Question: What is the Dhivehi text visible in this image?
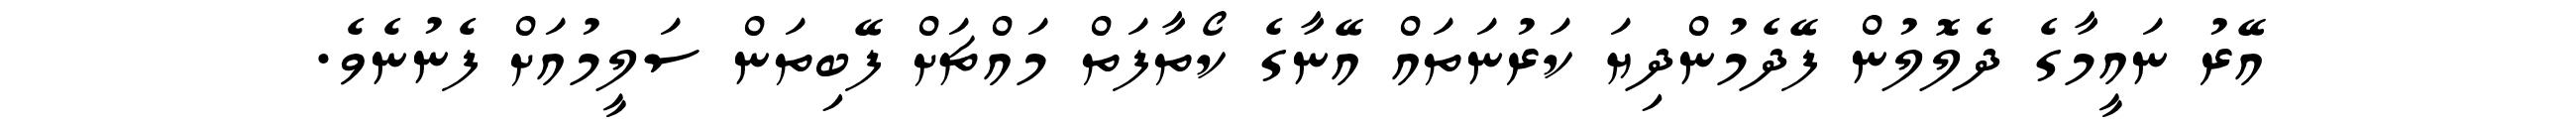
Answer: އޭރު ނައީމާގެ ދެލޮލުން ފޭދެމުންދިޔަ ކަރުނަތައް އޭނާގެ ކޯތާފަތް މައްޗަށް ފޭބިތަން ސަލީމުއަށް ފެނުނެވެ.